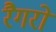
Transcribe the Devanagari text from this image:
रैगरों